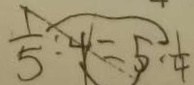
\frac { 1 } { 5 } : 4 = 5 : \frac { 1 } { 4 }